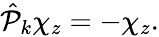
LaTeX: \begin{array}{r}{\hat{\mathcal P}_{k}\chi_{z}=-\chi_{z}.}\end{array}